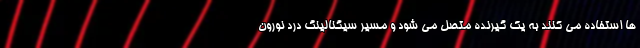
ها استفاده می کنند به یک گیرنده متصل می شود و مسیر سیگنالینگ درد نورون